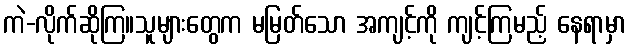
ကဲ-လိုက်ဆိုကြ။သူများတွေက မမြတ်သော အကျင့်ကို ကျင့်ကြမည့် နေရာမှာ